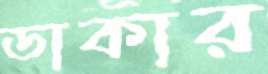
ডাকার